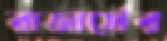
রাজার্সের